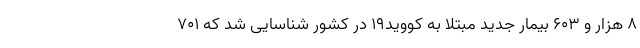
۸ هزار و ۶۰۳ بیمار جدید مبتلا به کووید۱۹ در کشور شناسایی شد که ۷۰۱